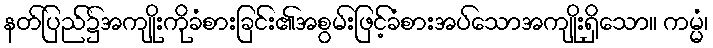
နတ်ပြည်၌အကျိုးကိုခံစားခြင်း၏အစွမ်းဖြင့်ခံစားအပ်သောအကျိုးရှိသော။ ကမ္မံ၊